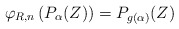
\begin{align*}\varphi_{R, n}\left( P_{\alpha}(Z) \right) = P_{g(\alpha)}(Z)\end{align*}